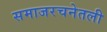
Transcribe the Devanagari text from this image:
समाजरचनेतली